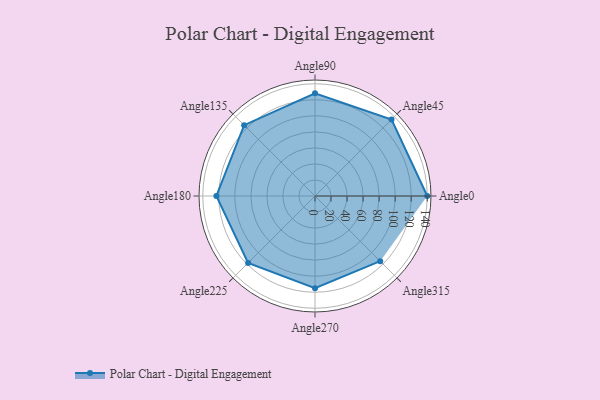
{"axis": {"x": "Angle", "y": "Radius"}, "legend": [""], "data": [{"x": "Angle0", "y": 140.0, "type": ""}, {"x": "Angle45", "y": 135.0, "type": ""}, {"x": "Angle90", "y": 128.0, "type": ""}, {"x": "Angle135", "y": 125.0, "type": ""}, {"x": "Angle180", "y": 123.0, "type": ""}, {"x": "Angle225", "y": 118.0, "type": ""}, {"x": "Angle270", "y": 115.0, "type": ""}, {"x": "Angle315", "y": 115.0, "type": ""}]}